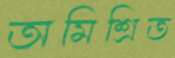
অমিশ্রিত